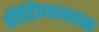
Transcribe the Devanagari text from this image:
रीडिंगजवळ